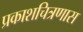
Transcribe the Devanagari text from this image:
प्रकाशचित्रणास